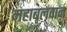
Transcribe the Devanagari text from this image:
महाबलवान